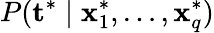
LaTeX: P(\mathbf{t}^{*}\mid\mathbf{x}_{1}^{*},\ldots,\mathbf{x}_{q}^{*})